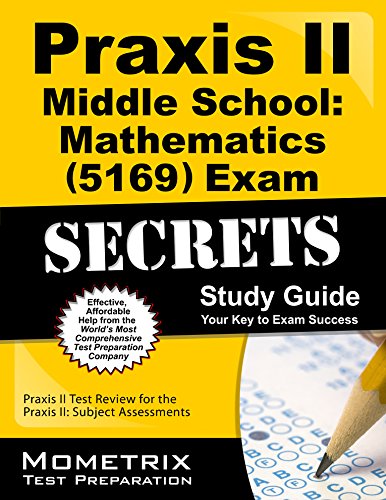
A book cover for Praxis II Middle School: Mathematics (5169) Exam Secrets Study Guide: Praxis II Test Review for the Praxis II: Subject Assessments; Praxis II Exam Secrets Test Prep Team; Test Preparation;